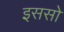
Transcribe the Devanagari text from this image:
इससो